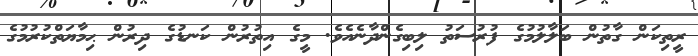
ރީތިކަން ގާތުން ބަލާލުމުގެ ފުރުސަތު ލިބިގެންދާނެއެވެ. މީގެ އިތުރުން ކަނޑުގެ ދިރުން ޙިމާޔަތްކުރުމުގެ